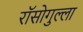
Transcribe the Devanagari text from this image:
रॉसोगुल्ला